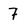
Character: 7